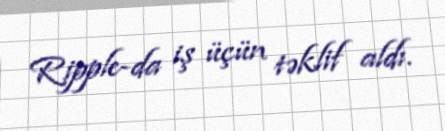
Ripple-da iş üçün təklif aldı.